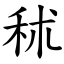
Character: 秫